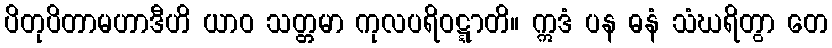
ပိတုပိတာမဟာဒီဟိ ယာဝ သတ္တမာ ကုလပရိဝဋ္ဋာတိ။ ဣဒံ ပန ဓနံ သံဃရိတွာ တေ